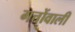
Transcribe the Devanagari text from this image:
गत्तोंवाली